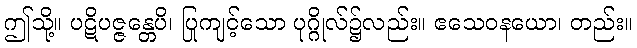
ဤသို့။ ပဋိပဇ္ဇန္တေပိ၊ ပြုကျင့်သော ပုဂ္ဂိုလ်၌လည်း။ ဧသေဝနယော၊ တည်း။